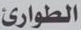
الطوارئ